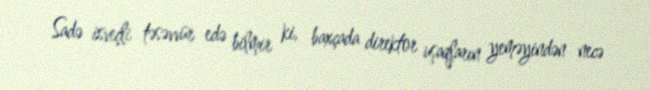
Sadə isveçli təsəvvür edə bilmir ki, baxçada direktor uşaqların yeməyindən necə